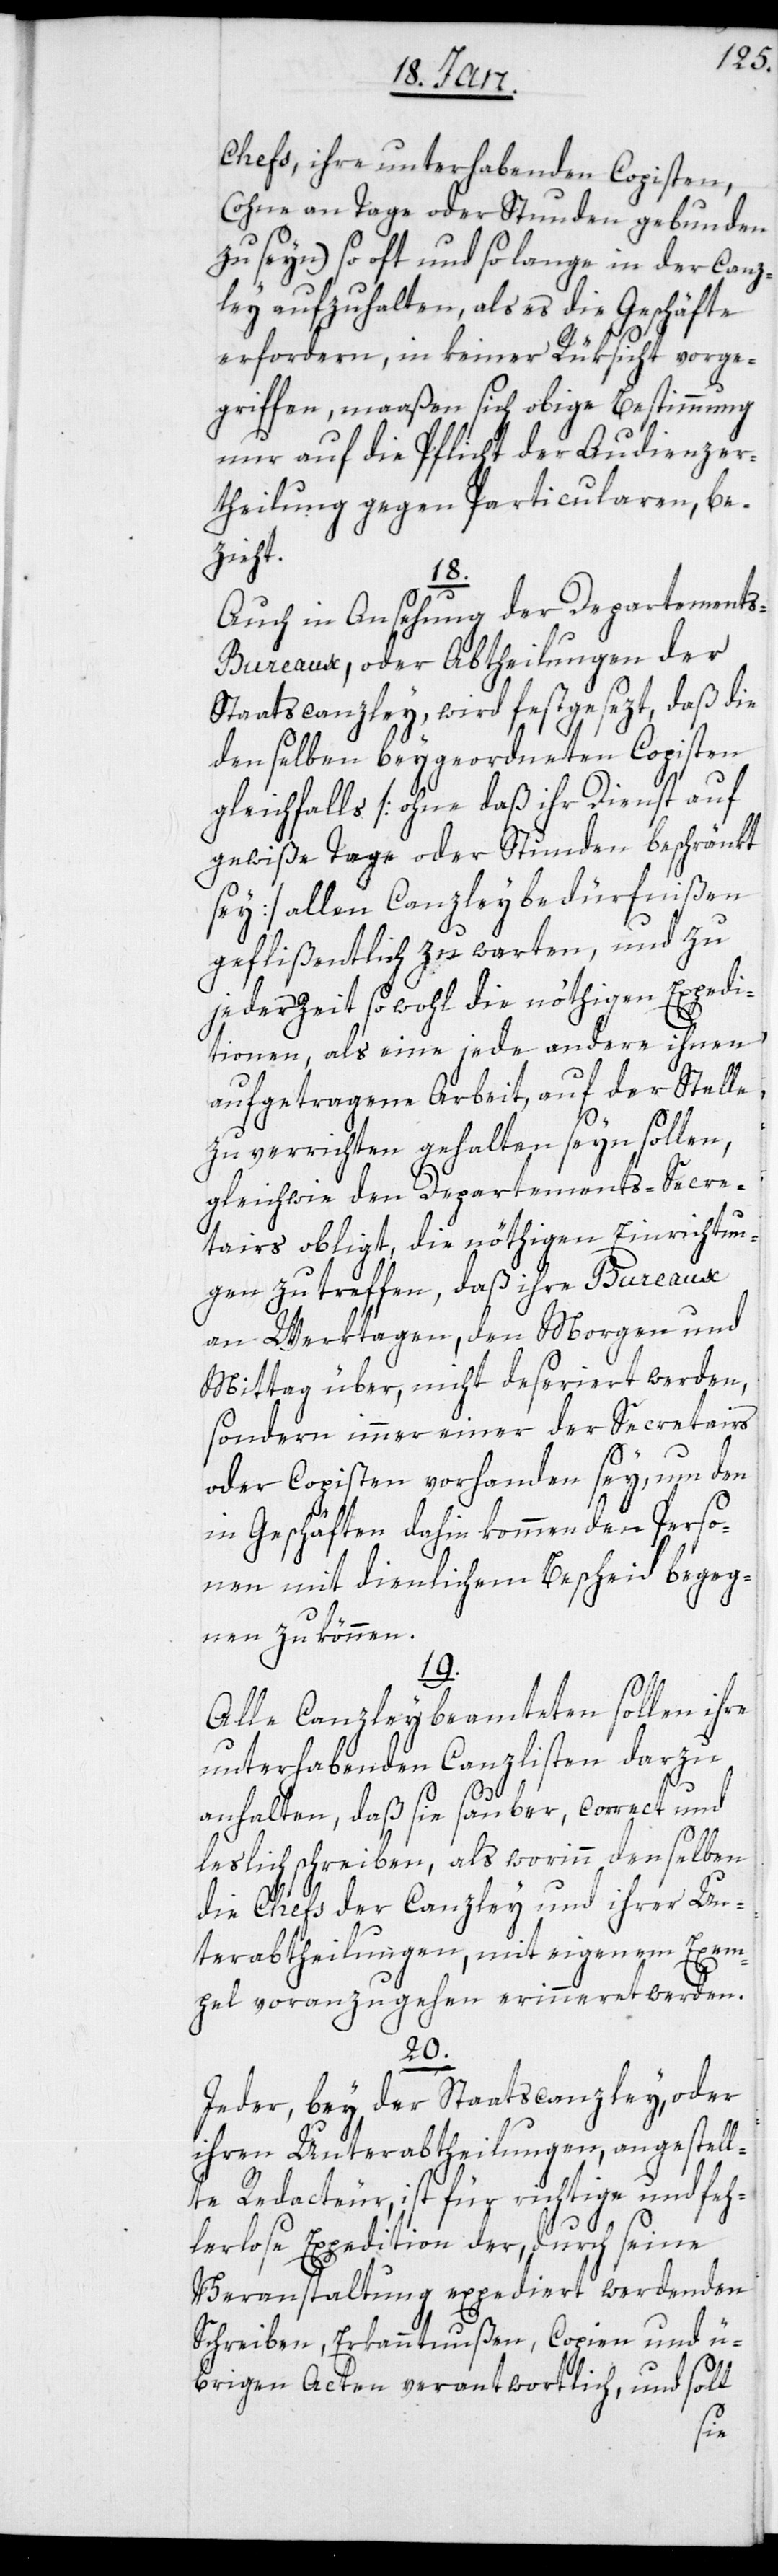
chefs, ihre unterhabenden Copisten,
(ohne an Tage oder Stunden gebunden
zu seyn) so oft und so lange in der Canz¬
ley aufzuhalten, als es die Geschäfte
erfordern, in keiner Rüksicht vorge¬
griffen, maaßen sich obige Bestimmung
nur auf die Pflicht der Audienzer¬
theilung gegen Particularen, be¬
zieht.
18.
Auch in Ansehung der Departement¬
s-Bureaux, oder Abtheilungen der
Staatscanzley, wird festgesezt, daß die
denselben beygeordneten Copisten
gleichfalls [ohne daß ihr Dienst auf
gewiße Tage oder Stunden beschränkt
sey] allen Canzleybedürfnißen
geflißentlich zu warten, und zu
jederzeit sowohl die nöthigen Expedi¬
tionen, als eine jede andere ihnen
aufgetragene Arbeit, auf der Stelle
zu verrichten gehalten seyn sollen,
gleichwie den Departements-Secre¬
tairs obligt, die nöthigen Einrichtun¬
gen zu treffen, daß ihre Bureaux
an Werktagen, den Morgen und
Mittag über, nicht deseriert werden,
sondern immer einer der Secretairs
oder Copisten vorhanden sey, um den
in Geschäften dahin kommenden Perso¬
nen mit dienlichem Bescheid begeg¬
nen zu können.
19.
Alle Canzleybeamteten sollen ihre
unterhabenden Canzlisten darzu
anhalten, daß sie sauber, correct und
leslich schreiben, als worinn denselben
die Chefs der Canzley und ihrer Un¬
terabtheilungen, mit eigenem Exem¬
pel voranzugehen erinneret werden.
20.
Jeder, bey der Staatscanzley, oder
ihren Unterabtheilungen, angestell¬
te Redacteur, ist für richtige und feh¬
lerlose Expedition der, durch seine
Veranstaltung expediert werdenden
Schreiben, Erkanntnußen, Copien und ü¬
brigen Acten verantwortlich, und soll